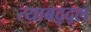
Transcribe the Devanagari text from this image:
त्याबद्द्ल